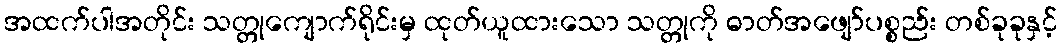
အထက်ပါအတိုင်း သတ္တုကျောက်ရိုင်းမှ ထုတ်ယူထားသော သတ္တုကို ဓာတ်အဖျော်ပစ္စည်း တစ်ခုခုနှင့်